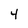
Character: 4